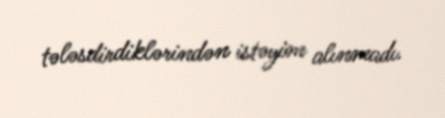
tələsdirdiklərindən istəyim alınmadı.